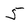
Character: 5